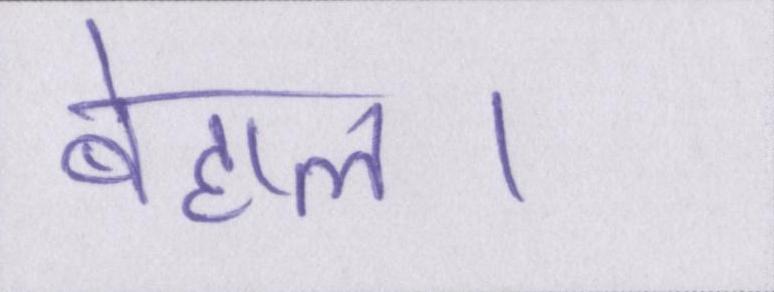
बेहाल।